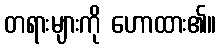
တရားများကို ဟောထား၏။